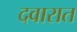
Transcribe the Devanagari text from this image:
दवारात